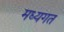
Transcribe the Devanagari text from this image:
मध्यगत